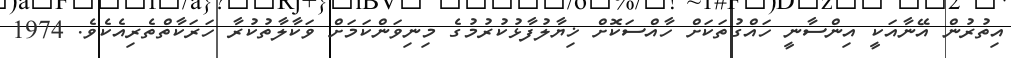
އިތުރުން އޭނާއަކީ އިންސާނީ ހައްގުތަކަށް ހާއްސަކޮށް ޚިޔާލުފާޅުކުރުމުގެ މިނިވަންކަމަށް ވަކާލާތުކުރާ ހަރަކާތްތެރިއެކެވެ. 1974